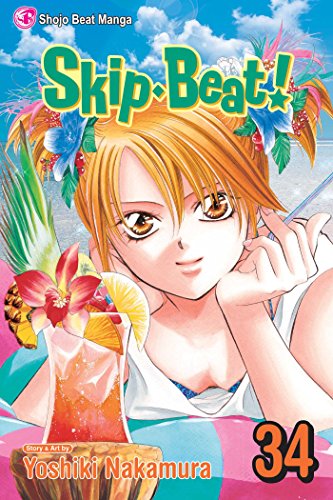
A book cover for Skip Beat!, Vol. 34; Yoshiki Nakamura; Comics & Graphic Novels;